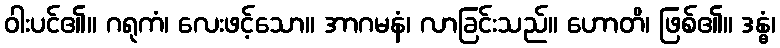
ဝါးပင်၏။ ဂရုကံ၊ လေးဖင့်သော။ အာဂမနံ၊ လာခြင်းသည်။ ဟောတိ၊ ဖြစ်၏။ ဒန္ဓံ၊